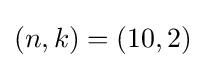
(n,k)=(10,2)